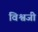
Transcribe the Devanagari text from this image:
विश्वजी